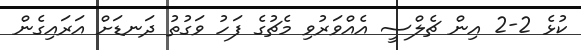
ކުޅެ 2-2 އިން ޗެލްސީ އެއްވަރުވި މެޗުގެ ފަހު ވަގުތު ދަނޑަށް އަރައިގެން